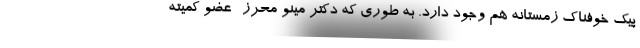
پیک خوفناک زمستانه هم وجود دارد. به طوری که دکتر مینو محرز- عضو کمیته